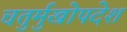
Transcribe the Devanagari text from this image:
चतुर्मुखोपदेश